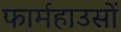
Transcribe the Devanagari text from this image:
फार्महाउसों